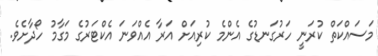
މަސައްކަތް ކުރަނީ ހަރުގަނޑުގެ އެންމެ ކުރިއަށް އަރާ އެއްވަނަ އެކްޓަރުގެ މަގާމު ހޯދާށެވެ.